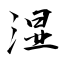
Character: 湿